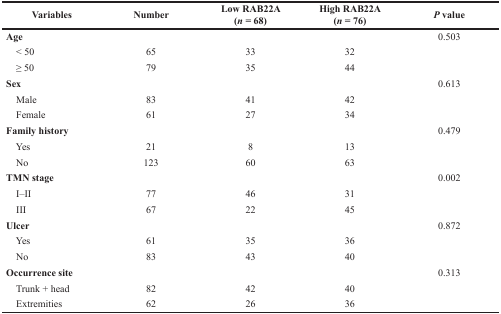
| Variables | Number | Low RAB22A (n = 68) | High RAB22A (n = 76) | P value |
 | --- | --- | --- | --- | --- |
 | Age |  |  |  | 0.503 |
 | < 50 | 65 | 33 | 32 |  |
 | ≥ 50 | 79 | 35 | 44 |  |
 | Sex |  |  |  | 0.613 |
 | Male | 83 | 41 | 42 |  |
 | Female | 61 | 27 | 34 |  |
 | Family history |  |  |  | 0.479 |
 | Yes | 21 | 8 | 13 |  |
 | No | 123 | 60 | 63 |  |
 | TMN stage |  |  |  | 0.002 |
 | I–II | 77 | 46 | 31 |  |
 | III | 67 | 22 | 45 |  |
 | Ulcer |  |  |  | 0.872 |
 | Yes | 61 | 35 | 36 |  |
 | No | 83 | 43 | 40 |  |
 | Occurrence site |  |  |  | 0.313 |
 | Trunk + head | 82 | 42 | 40 |  |
 | Extremities | 62 | 26 | 36 |  |